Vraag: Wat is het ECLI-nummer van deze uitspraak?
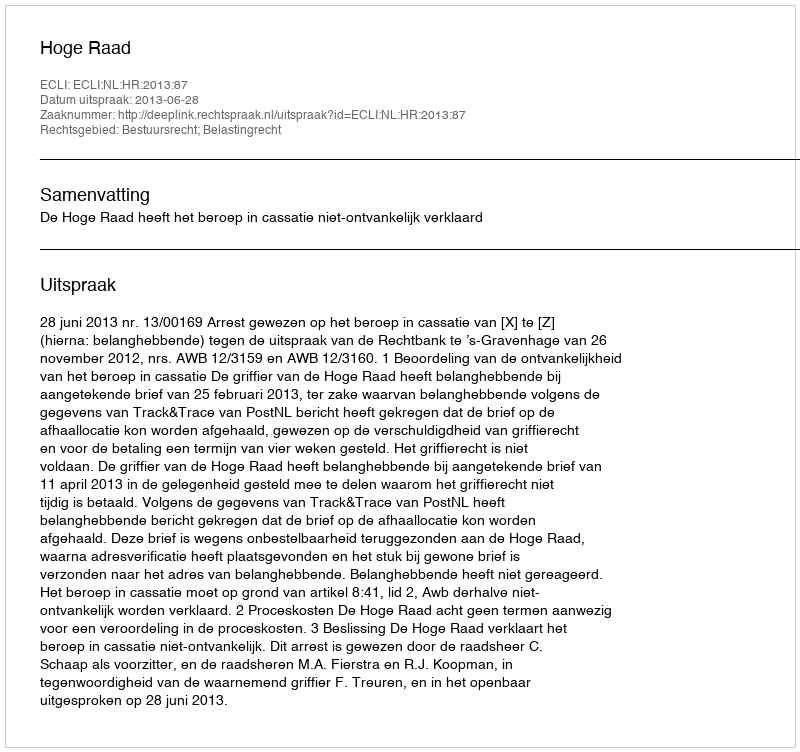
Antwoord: ECLI:NL:HR:2013:87